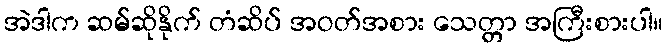
အဲဒါက ဆမ်ဆိုနိုက် တံဆိပ် အဝတ်အစား သေတ္တာ အကြီးစားပါ။